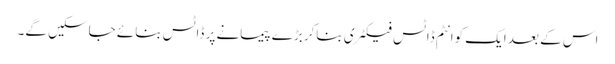
اس کے بعد ایک کوانٹم ڈاٹس فیکٹری بناکر بڑے پیمانے پر ڈاٹس بنائے جاسکیں گے۔